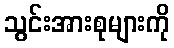
သွင်းအားစုများကို